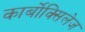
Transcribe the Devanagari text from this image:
कार्बोक्सिलेज